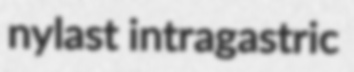
nylast intragastric